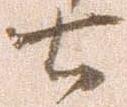
七